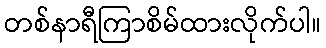
တစ်နာရီကြာစိမ်ထားလိုက်ပါ။